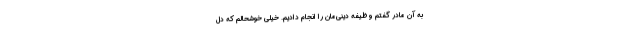
به آن مادر گفتم وظیفه دینی‌مان را انجام دادیم. خیلی خوشحالم که دل